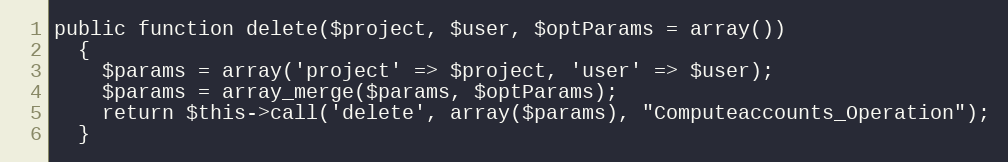
Language: PHP
public function delete($project, $user, $optParams = array())
  {
    $params = array('project' => $project, 'user' => $user);
    $params = array_merge($params, $optParams);
    return $this->call('delete', array($params), "Computeaccounts_Operation");
  }